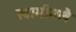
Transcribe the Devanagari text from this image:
स्वामीमलै